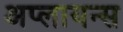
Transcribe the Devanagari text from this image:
अप्लायन्स